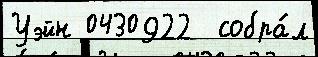
Уэйн 0430922  собра́л